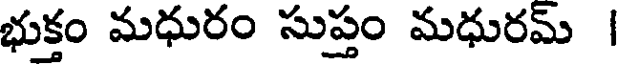
భుక్తం మధురం సుప్తం మధురమ్ |